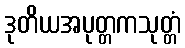
ဒုတိယအပုတ္တကသုတ္တံ